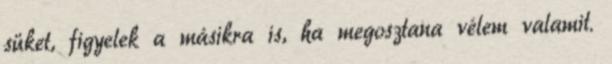
süket, figyelek a másikra is, ha megosztana vélem valamit.